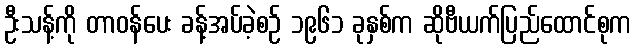
ဦးသန့်ကို တာဝန်ပေး ခန့်အပ်ခဲ့စဉ် ၁၉၆၁ ခုနှစ်က ဆိုဗီယက်ပြည်ထောင်စုက